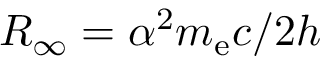
R _ { \infty } = \alpha ^ { 2 } m _ { \mathrm { e } } c / 2 h